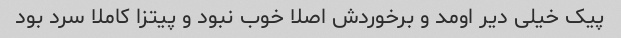
پیک خیلی دیر اومد و برخوردش اصلا خوب نبود و پیتزا کاملا سرد بود